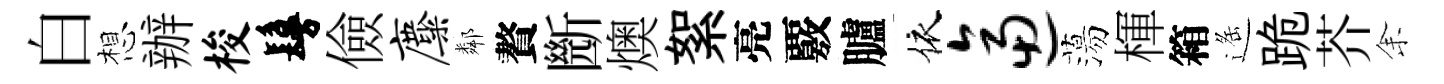
白想辦梭鬘儉麋鄰贅㫁燠絮亮覈臚依逼蕩楎箱遥跪芥𪜬